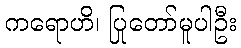
ကရောဟိ၊ ပြုတော်မူပါဦး